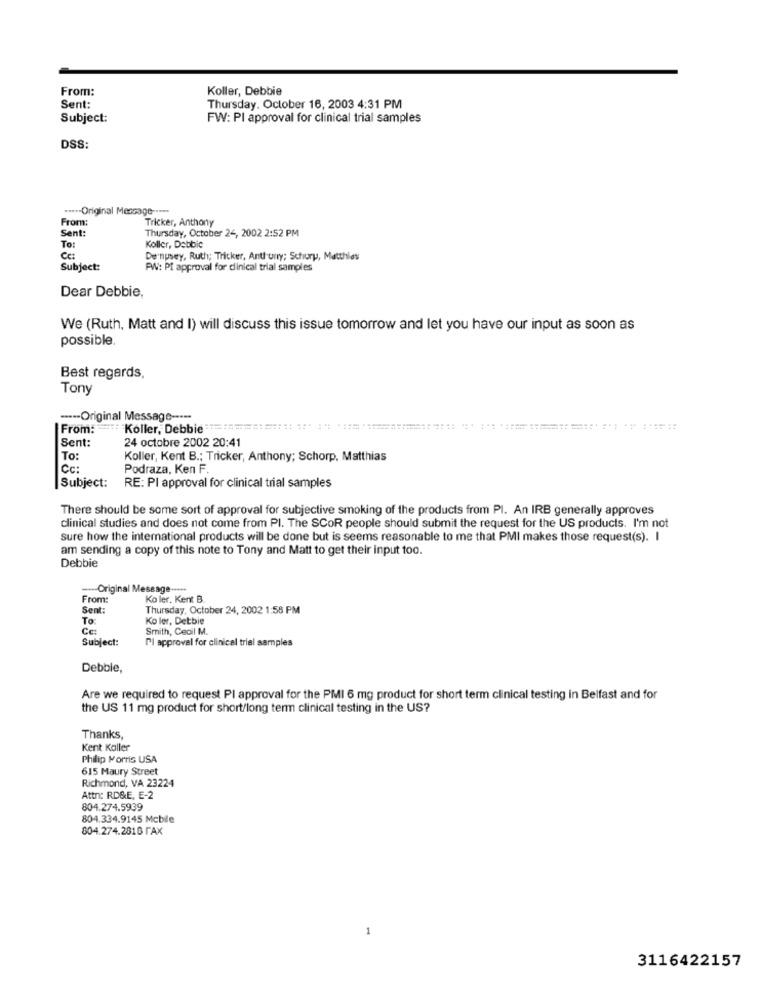
From:
Koller, Debbie
Sent:
Thursday, October 16, 2003 4:31 PM
Subject:
FW: PI approval for clinical trial samples
DSS:
..... Original Message -....
From:
Sent:
Tricker, Anthony
Thursday, October 24, 2002 2:52 PM
To:
Koller, Debbie
Cc:
Dempsey, Ruth; Tricker, Anthony; Schury, Matthias
Subject:
PW: Pf approval for dinical trial samples
Dear Debbie,
We (Ruth, Matt and I) will discuss this issue tomorrow and let you have our input as soon as
possible.
Best regards,
Tony
----- Original Message -----
From: Koller, Debbie ======== ======== =====.... ...
Sent:
24 octobre 2002 20:41
To:
Koller, Kent B .; Tricker, Anthony; Schorp. Matthias
Cc:
Podraza, Ken F.
Subject:
RE: PI approval for clinical trial samples
There should be some sort of approval for subjective smoking of the products from PI. An IRB generally approves
clinical studies and does not come from PI. The SCOR people should submit the request for the US products. I'm not
sure how the international products will be done but is seems reasonable to me that PMI makes those request(s). I
am sending a copy of this note to Tony and Matt to get their input too.
Debbie
---- Original Message -....
From:
Ko ler. Kent B.
Sent:
Thursday, October 24, 2002 1:58 PM
To
Ko ler, Detbie
Ce:
Smith, Cecil M.
Subject:
Pl approval for clinical trial samples
Debbie,
Are we required to request PI approval for the PMI 6 mg product for short term clinical testing in Belfast and for
the US 11 mg product for short/long term clinical testing in the US?
Thanks,
Kent Kaller
Philip Morris USA
615 Maury Street
Richmond, VA 23224
Attn: RD&E, E-2
804.274.5939
804.334.9145 Mcbile
804.274.2818 FAX
3116422157